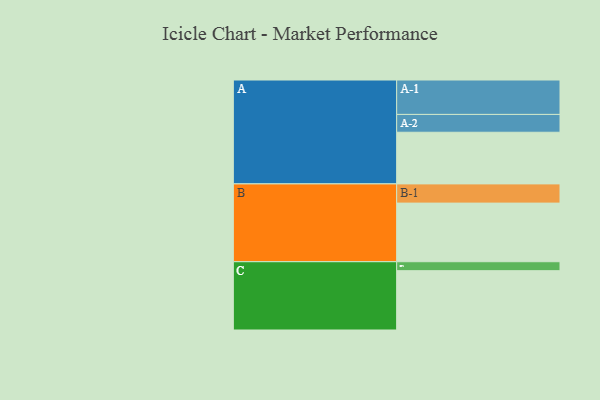
{"axis": {"x": "Segment", "y": "Value"}, "legend": ["", "A", "B", "C"], "data": [{"x": "A", "y": 438, "type": ""}, {"x": "B", "y": 497, "type": ""}, {"x": "C", "y": 503, "type": ""}, {"x": "A-1", "y": 292, "type": "A"}, {"x": "A-2", "y": 151, "type": "A"}, {"x": "B-1", "y": 163, "type": "B"}, {"x": "C-1", "y": 76, "type": "C"}]}